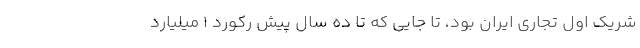
شریک اول تجاری ایران بود، تا جایی که تا ده سال پیش رکورد 1 میلیارد